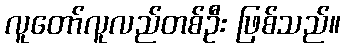
လူတော်လူလည်တစ်ဦး ဖြစ်သည်။